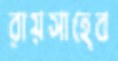
রায়সাহেব